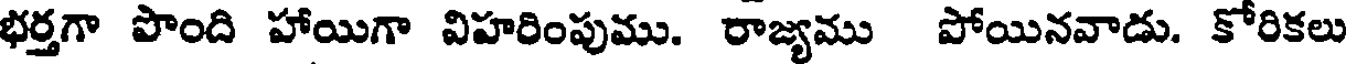
భర్తగా పొంది హాయిగా విహరింపుము. రాజ్యము పోయినవాడు. కోరికలు